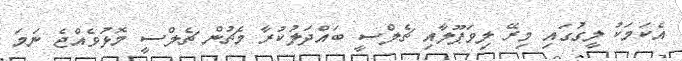
އެކަމަކު ލީގުގައި މިރޭ ލިވަޕޫލާއި ޗެލްސީ ބައްދަލުކުރާ މެޗުން ޗެލްސީ މޮޅުވެއްޖެ ނަމަ